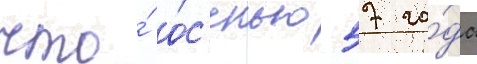
что́ о́с'енью 57 го́да